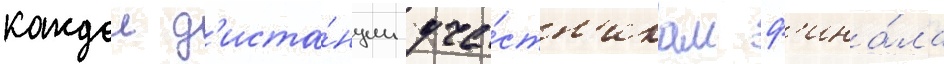
каждои д'иста́нции уча́стн'икам ф'ина́ла